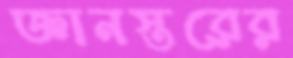
জ্ঞানস্তরের